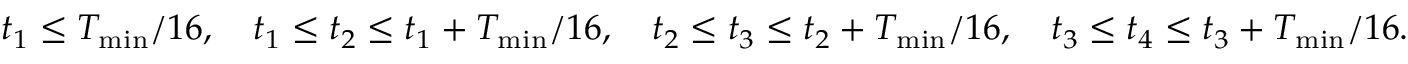
\begin{array} { r } { t _ { 1 } \leq T _ { \operatorname* { m i n } } / 1 6 , \quad t _ { 1 } \leq t _ { 2 } \leq t _ { 1 } + T _ { \operatorname* { m i n } } / 1 6 , \quad t _ { 2 } \leq t _ { 3 } \leq t _ { 2 } + T _ { \operatorname* { m i n } } / 1 6 , \quad t _ { 3 } \leq t _ { 4 } \leq t _ { 3 } + T _ { \operatorname* { m i n } } / 1 6 . } \end{array}